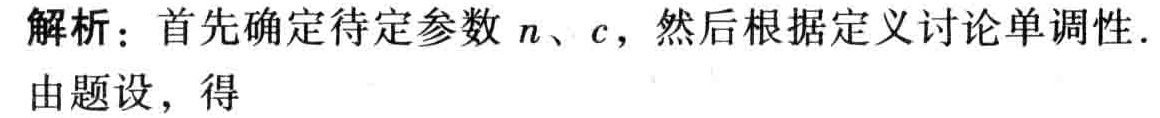
解析：首先确定待定参数 \(n\)、\(c\)，然后根据定义讨论单调性.
由题设，得